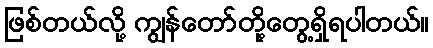
ဖြစ်တယ်လို့ ကျွန်တော်တို့တွေ့ရှိရပါတယ်။